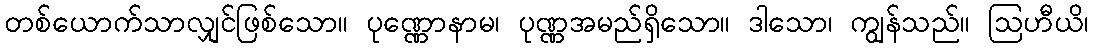
တစ်ယောက်သာလျှင်ဖြစ်သော။ ပုဏ္ဏောနာမ၊ ပုဏ္ဏအမည်ရှိသော။ ဒါသော၊ ကျွန်သည်။ ဩဟီယိ၊